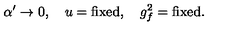
\alpha ^ { \prime } \rightarrow 0 , \quad u = \mathrm { f i x e d } , \quad g _ { f } ^ { 2 } = \mathrm { f i x e d } .